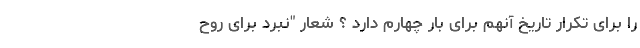
را برای تکرار تاریخ آنهم برای بار چهارم دارد ؟ شعار "نبرد برای روح